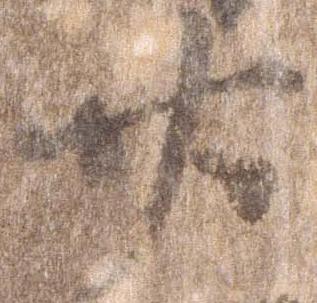
廿